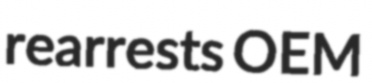
rearrests OEM